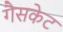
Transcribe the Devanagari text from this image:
गैसकेट